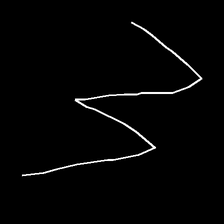
Glyph: crush